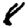
Digit: 8